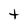
Character: t